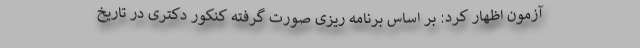
آزمون اظهار کرد: بر اساس برنامه ریزی صورت گرفته کنکور دکتری در تاریخ